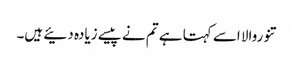
تنوروالا اسے کہتا ہے تم نے پیسے زیادہ دئیے ہیں۔